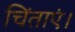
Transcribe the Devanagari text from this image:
चिंताएं।